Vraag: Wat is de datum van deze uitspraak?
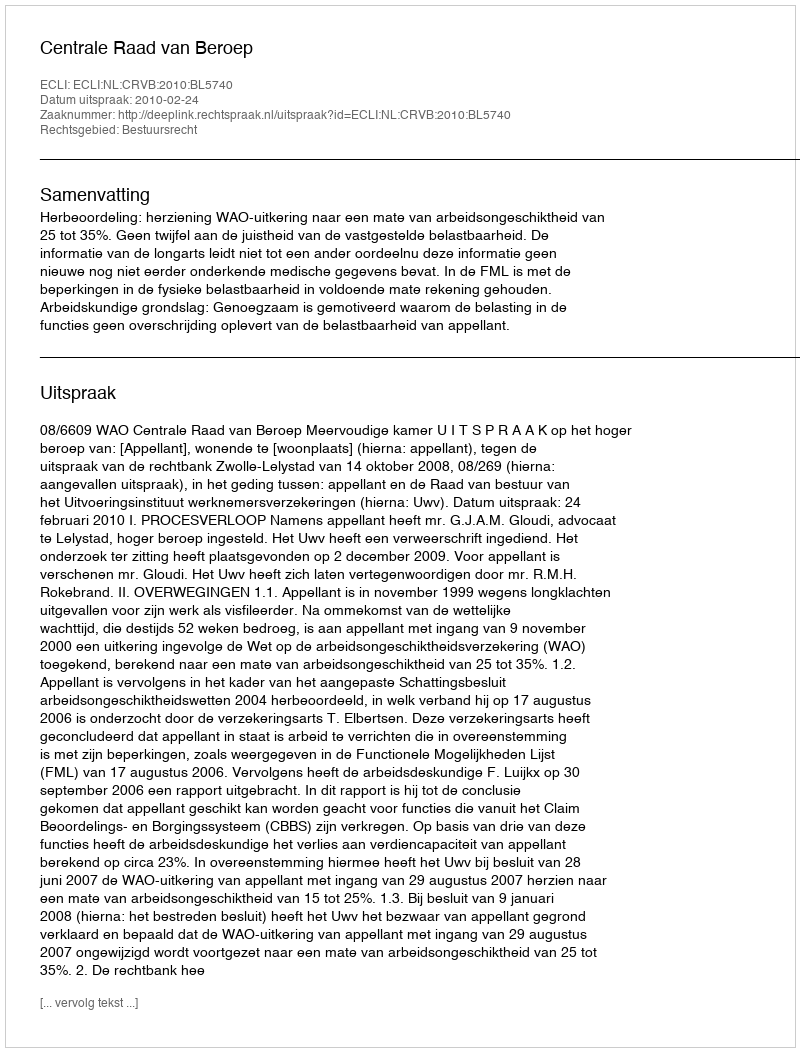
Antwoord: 2010-02-24